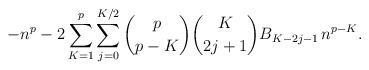
LaTeX: \begin{align*}-n^p - 2 \sum_{K=1}^{p} \sum_{j=0}^{K/2} \binom{p}{p-K} \binom{K}{2j+1} B_{K-2j-1} \, n^{p-K}.\end{align*}